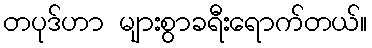
တပုဒ်ဟာ များစွာခရီးရောက်တယ်။